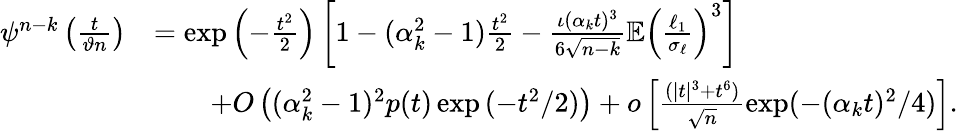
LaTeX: \begin{array}{rl}{\psi^{n-k}\left(\frac{t}{\vartheta n}\right)}&{=\exp\left(-\frac{t^{2}}{2}\right)\left[1-(\alpha_{k}^{2}-1)\frac{t^{2}}{2}-\frac{\iota(\alpha_{k}t)^{3}}{6\sqrt{n-k}}\mathbb{E}\left(\frac{\ell_{1}}{\sigma_{\ell}}\right)^{3}\right]}\\ &{\qquad+O\left((\alpha_{k}^{2}-1)^{2}p(t)\exp{(-t^{2}/2)}\right)+o\left[\frac{(|t|^{3}+t^{6})}{\sqrt{n}}\exp(-(\alpha_{k}t)^{2}/4)\right].}\end{array}